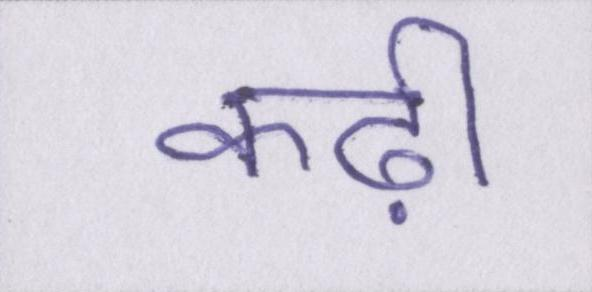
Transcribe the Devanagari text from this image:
कढ़ी